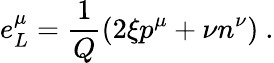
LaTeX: e_{L}^{\mu}=\frac{1}{Q}\left(2\xi p^{\mu}+\nu n^{\nu}\right)\ .